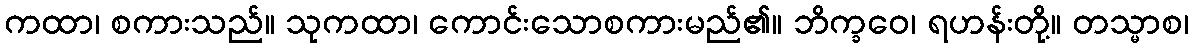
ကထာ၊ စကားသည်။ သုကထာ၊ ကောင်းသောစကားမည်၏။ ဘိက္ခဝေ၊ ရဟန်းတို့။ တသ္မာစ၊